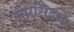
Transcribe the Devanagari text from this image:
सुप्रसि़द्घ